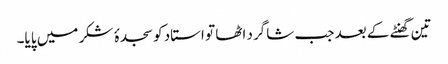
تین گھنٹے کے بعد جب شاگرد اٹھا تو استاد کو سجدۂ شکر میں پایا۔